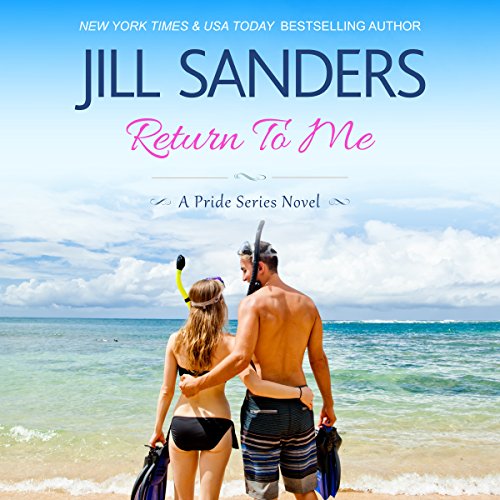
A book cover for Return To Me: Pride Series Romance Novels Book 8; Jill Sanders; Romance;